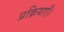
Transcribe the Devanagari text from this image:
प्रक्रियाएँ।